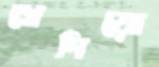
খেদিয়ো